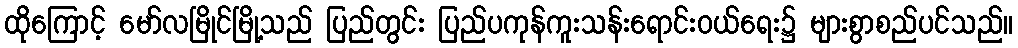
ထိုကြောင့် မော်လမြိုင်မြို့သည် ပြည်တွင်း ပြည်ပကုန်ကူးသန်းရောင်းဝယ်ရေး၌ များစွာစည်ပင်သည်။